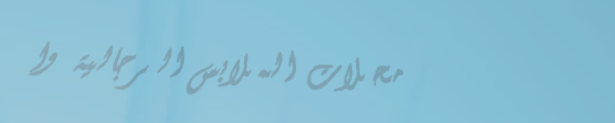
محلات الملابس الرجالية وا